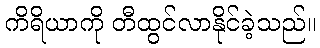
ကိရိယာကို တီထွင်လာနိုင်ခဲ့သည်။